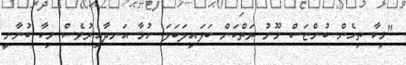
"މިކާ ތިހެން ބުންޏަސް މޫނު ރަތްކަން ބަލައިލަބަލަ. ހުމާ އަނދާއިރުވެސް މިކާ ބުނާނީ